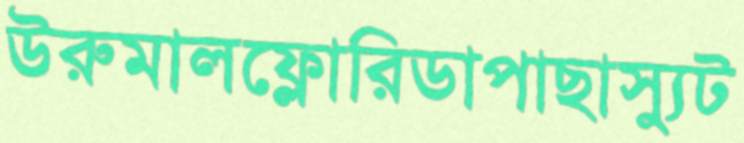
উরুমালফ্লোরিডাপাছাস্যুট